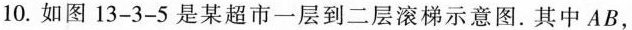
10.如图13-3-5是某超市一层到二层滚梯示意图。其中AB，